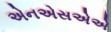
એનએસએએ